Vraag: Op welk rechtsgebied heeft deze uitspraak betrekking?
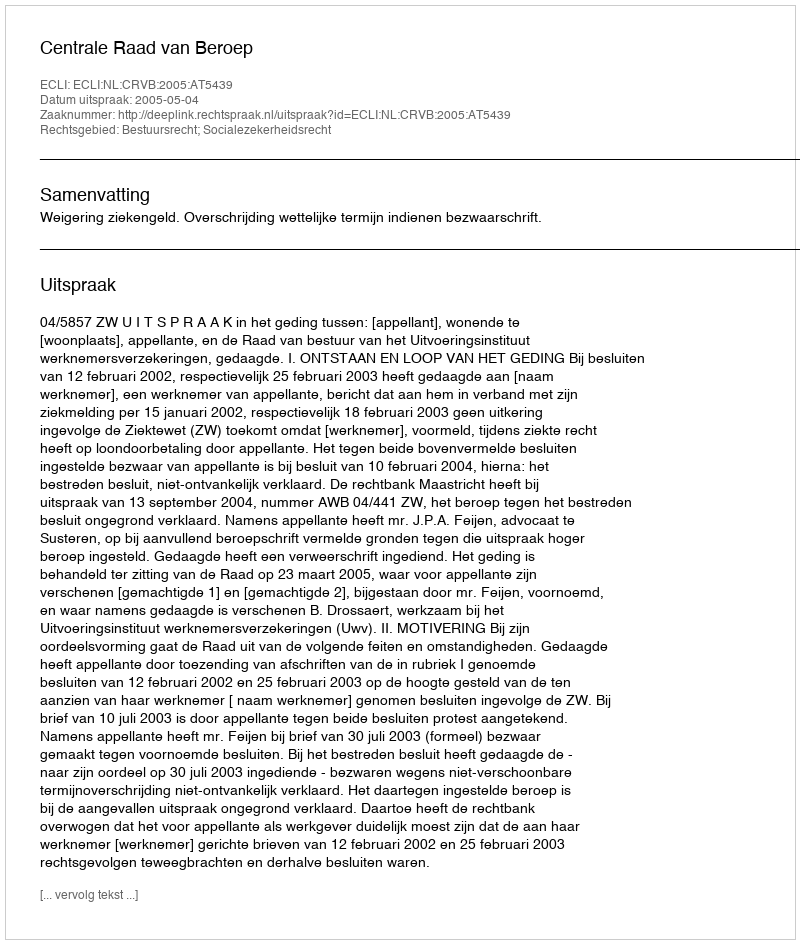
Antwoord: Bestuursrecht; Socialezekerheidsrecht